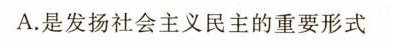
A.是发扬社会主义民主的重要形式